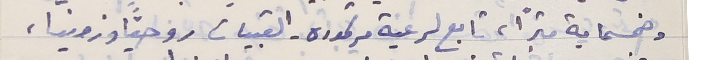
وخمسماية متراً, تابع لرعية مرتموره - القبيات روحياً وزمنياً،